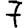
Digit: 7